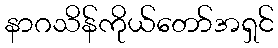
နာဂသိန်ကိုယ်တော်အရှင်